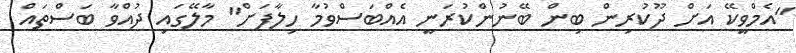
"އެމްވީކޭ އަށް ދޫކުރިން ބިން ބޭނުންކުރަނީ އެއްބަސްވުމާ ހިލާފަށް" މާލޭގައި ދުއްވާ ބަސްތައް